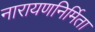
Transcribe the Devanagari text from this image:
नारायणनिर्मिता